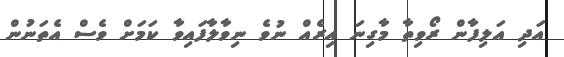
އަދި އަލިފާން ރޯވިތާ މާގިނަ އިރެއް ނުވެ ނިވާލާފައިވާ ކަމަށް ވެސް އެތަނުން